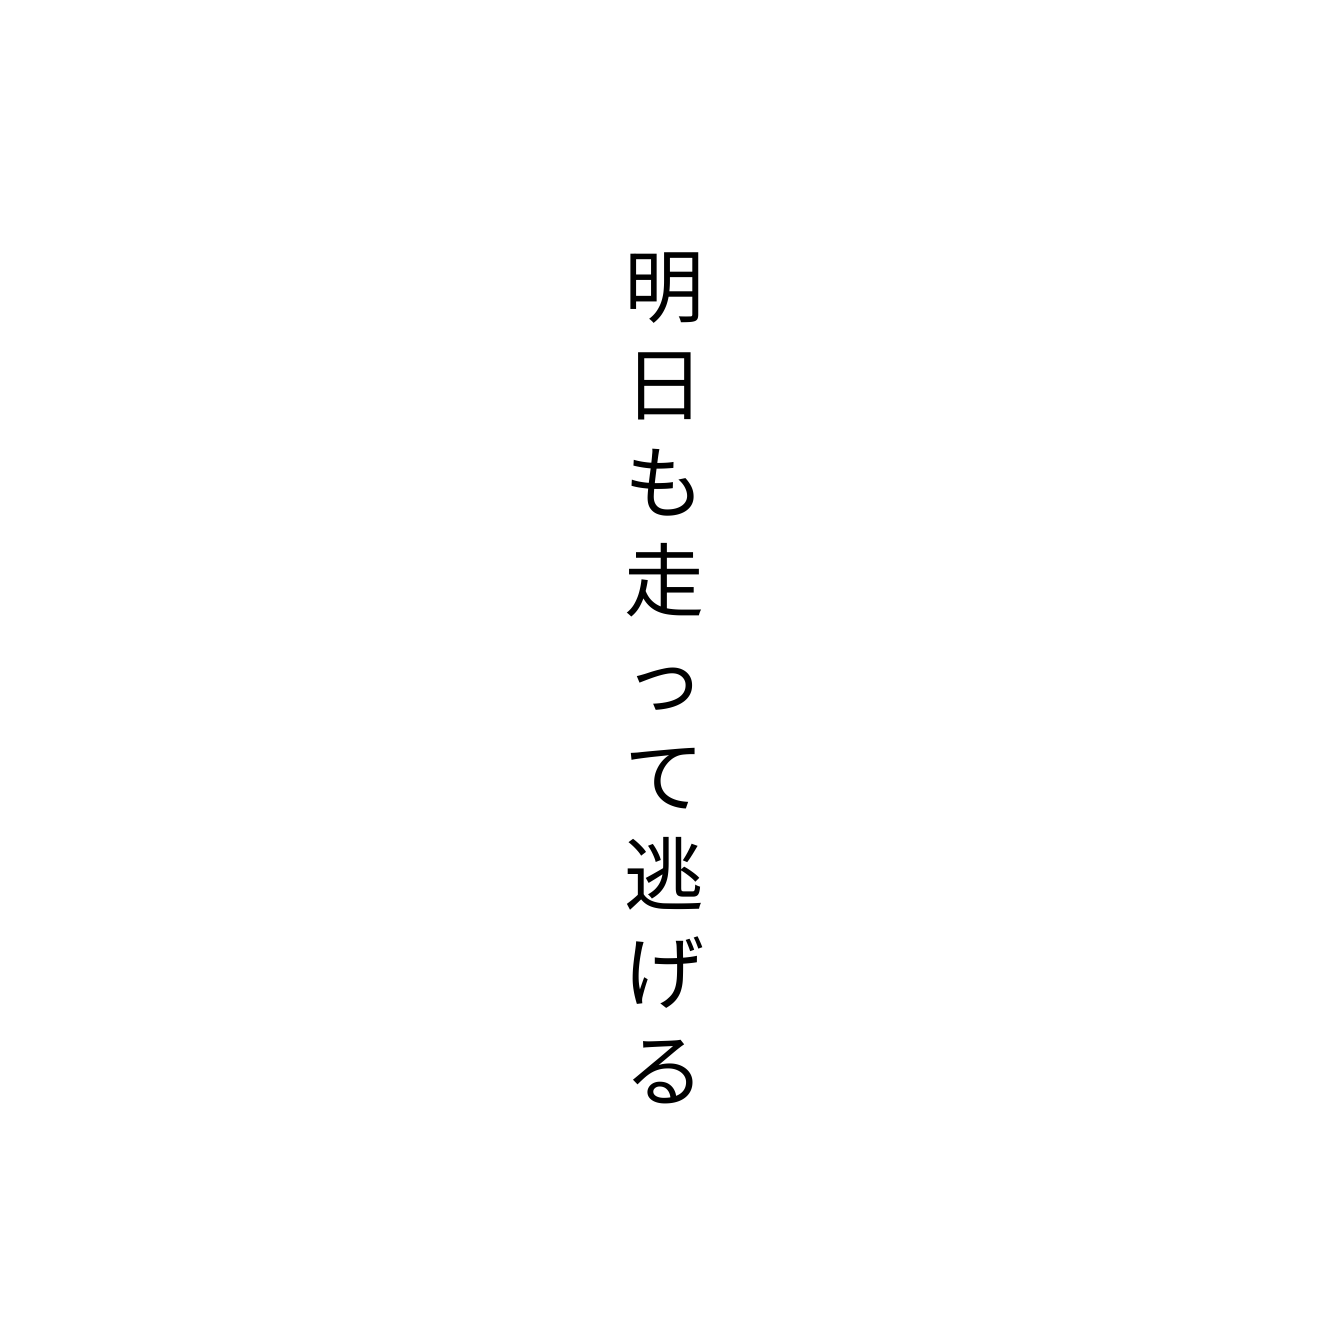
明日も走って逃げる